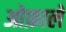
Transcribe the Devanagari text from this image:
ओफ़ाले